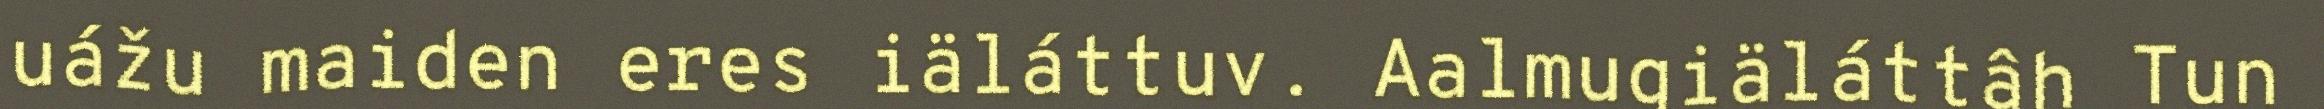
uážu maiden eres iäláttuv. Aalmugiäláttâh Tun